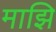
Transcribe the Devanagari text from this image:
माझि